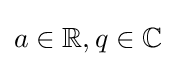
a\in \mathbb {R} ,q\in \mathbb {C}